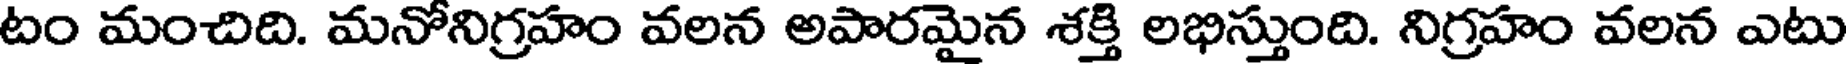
టం మంచిది. మనోనిగ్రహం వలన అపారమైన శక్తి లభిస్తుంది. నిగ్రహం వలన ఎటు